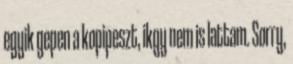
egyik gepen a kopipeszt, ikgy nem is lattam. Sorry,